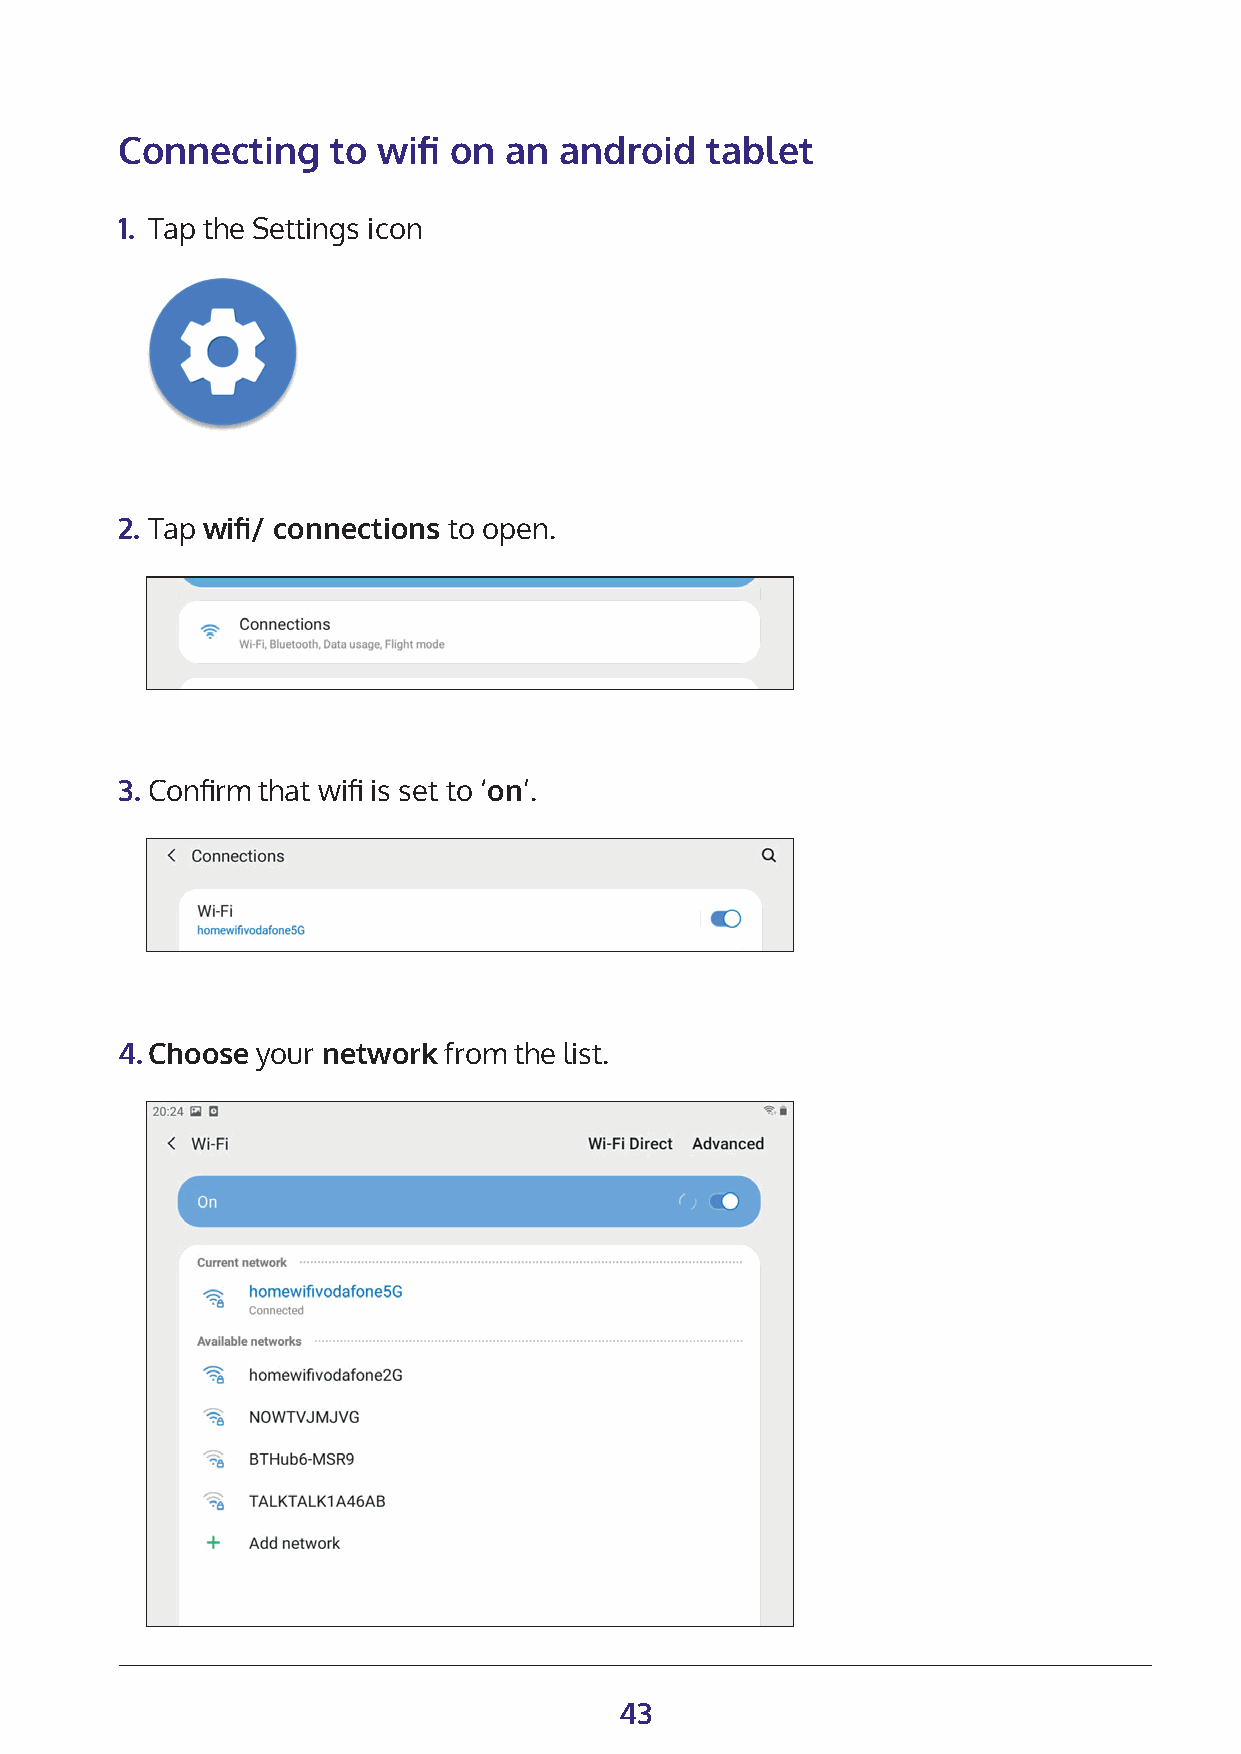
Connecting    to wifi on an  android   tablet
 1. Tap the Settings icon
 2. Tap wifi/ connections to open.
 3. Confirm that wifi is set to ‘on’.
 4. Choose your network from the list.
 43